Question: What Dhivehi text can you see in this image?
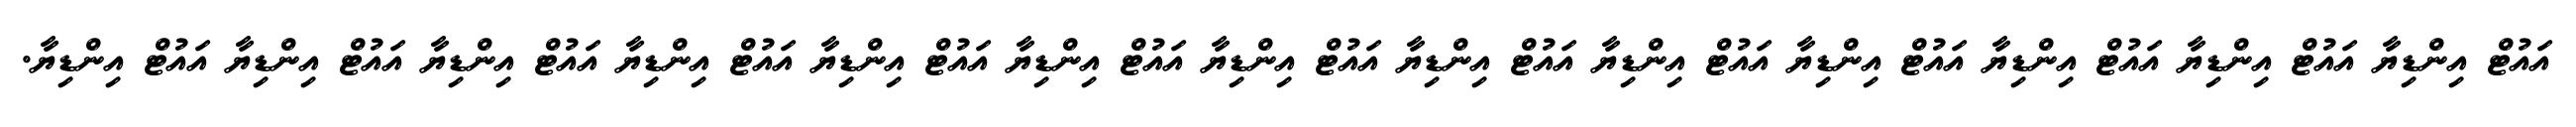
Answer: އައުޓް އިންޑިޔާ އައުޓް އިންޑިޔާ އައުޓް އިންޑިޔާ އައުޓް އިންޑިޔާ އައުޓް އިންޑިޔާ އައުޓް އިންޑިޔާ އައުޓް އިންޑިޔާ އައުޓް އިންޑިޔާ އައުޓް އިންޑިޔާ އައުޓް އިންޑިޔާ އައުޓް އިންޑިޔާ އައުޓް އިންޑިޔާ އައުޓް އިންޑިޔާ.